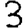
Digit: 3